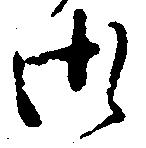
御